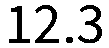
12.3